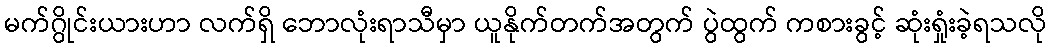
မက်ဂွိုင်းယားဟာ လက်ရှိ ဘောလုံးရာသီမှာ ယူနိုက်တက်အတွက် ပွဲထွက် ကစားခွင့် ဆုံးရှုံးခဲ့ရသလို